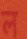
ল